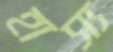
হাস্য